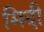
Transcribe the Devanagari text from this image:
मिदी